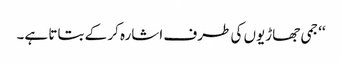
‘‘ جمی جھاڑیوں کی طرف اشارہ کر کے بتاتا ہے۔